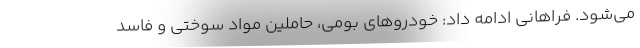
می‌شود. فراهانی ادامه داد: خودروهای بومی، حاملین مواد سوختی و فاسد